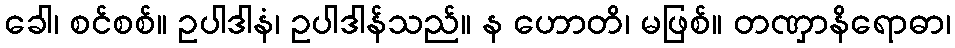
ခေါ၊ စင်စစ်။ ဥပါဒါနံ၊ ဥပါဒါန်သည်။ န ဟောတိ၊ မဖြစ်။ တဏှာနိရောဓာ၊